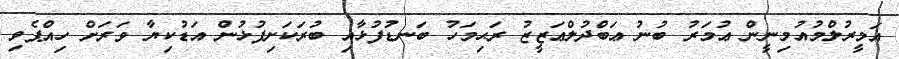
އަމީރުލްމުއުމިނީން ޢުމަރު ބުނު ޢަބްދުލްޢަޒީޒު ރަޙިމަހު ބަނޑުފުޅާއި ބުރަކަށިފުޅުން އަޑުކިޔާ ވަރަށް ހިއްޕެވި